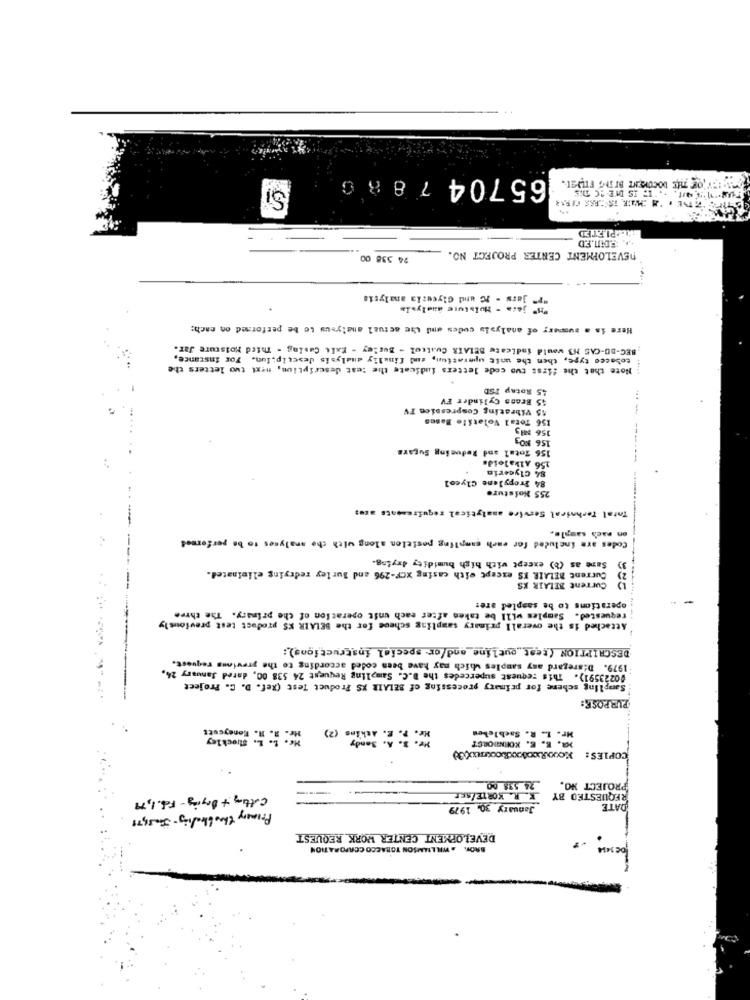
65704 7 8 8 0
SI
... ENI.ED
DEVELOPMENT CENTER PROJECT NO.
24 538 00
- jars - IC und Glycerka analysis
Here is a summary of analysis codes and the actual analysus to be performed on each:
BEC-BD-CAS N3 would indicate BELAIR Cuatrol - Burley - Exit Casing - Third Moisture Jar.
tobacco type, then the unit uperation, and finally analysis descrip;ion. For instance,
Note that the first two code letters fudicate the test description, next two letters the
45 Rotap TSD
45 Brana Cylinder FV
55 Vibrating Compressies FV
156 Total Volatile Bases
156 NH3
156 NO3
156 Total and Reducing Sugars
84 Glycerin
256 Alkaloids
84 Propylene Glycol
255 Moisture
Total Technical Servire analytical requirements ates
on nach sample.
Codes are included for each sampling position along with the analyses to be performed
Same as (b) except with high humidity drying.
Current BELAIR IS except with casing XCF-296 and Burley redrying eliminated.
3)
Current BELAIR KS
---
operations to be sampled are:
Attached is the overall primary sampling scheme for the BELAIR XS product test previously
requested. Samples will be taken after each unit operation of the primary. The three
DESCRIPTION (test outline_and/or- special instructions):
1979. Disregard any samples which may have been coded according to the previous request.
#0223591). This request supercedes the D.C. Sampling Request 24 538 00, dared January 24,
Sampling scheme for primary processing of BELAIR XS Product Test (Ref. D. C. Project
PURPOSE:
Me. R. H. Honeycutt
(2)
Mr. L. R. Sachlebes
Mr. S. A. Sandy
M. E. E. KOENJIORÉ?
COPIES:
24 538 00
K. R. KORTE/AFP
PROJECT NO.
Cutting + Drying - Feb. 1,79
REQUESTED BY
January 30. 1979
DATE
Primary throbleading - Jan31,71
DEVELOPMENT CENTER WORK REQUEST
W. . WILLIAMSON TOBACCO CORPORATION